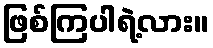
ဖြစ်ကြပါရဲ့လား။